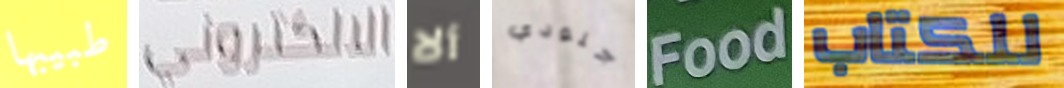
طبيبها الالكتروني ألا جنودي Food للكتاب